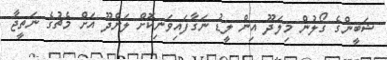
ޝަބީންގެ ގޯލުން މިލަދޫ އިން ލީޑު ނަގާފައިވަނިކޮށް ލަންދޫ އަށް މެޗުގެ ނަތީޖާ